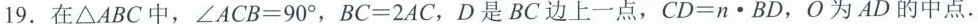
19.在△ABC中，$$∠ A C B = 9 0 °$$，$$B C = 2 A C$$，D是BC边上一点，$$C D = n \cdot B D$$，O为AD的中点.